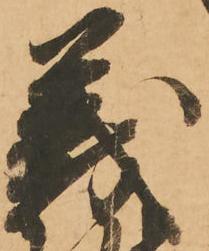
義